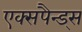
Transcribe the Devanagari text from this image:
एक्सपैन्ड्स